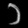
Digit: ၁